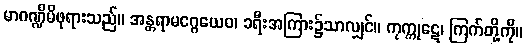
မာဂဏ္ဍိမိဖုရားသည်။ အန္တရာမဂ္ဂေယေဝ၊ ခရီးအကြား၌သာလျှင်။ ကုက္ကုဋေ၊ ကြက်တို့ကို။